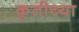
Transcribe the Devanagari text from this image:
कृतीच्या